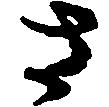
さ